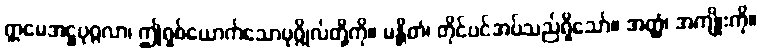
ဣမေအဋ္ဌပုဂ္ဂလာ၊ ဤရှစ်ယောက်သောပုဂ္ဂိုလ်တို့ကို။ မန္တိတံ၊ တိုင်ပင်အပ်သည်ရှိသော်။ အတ္ထံ၊ အကျိုးကို။